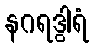
နဂရဒွါရံ